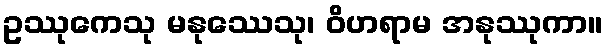
ဥဿုကေသု မနုဿေသု၊ ဝိဟရာမ အနုဿုကာ။